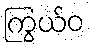
ကြွယ်ဝ